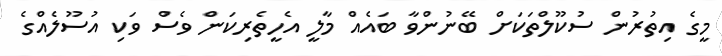
މީގެ އިތުރުން ސުކޫލްތަކަށް ބޭނުންވާ ބައެއް މާލީ އެހީތެރިކަން ވެސް ވަކި އުސޫލެއްގެ